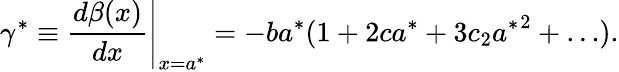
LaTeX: \gamma^{*}\equiv\left.\frac{d\beta(x)}{dx}\right|_{x=a^{*}}=-ba^{*}(1+2ca^{*}+3c_{2}{a^{*}}^{2}+\ldots).